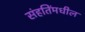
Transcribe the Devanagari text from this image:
संहतिंमधील